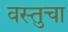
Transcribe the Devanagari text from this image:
वस्तुचा